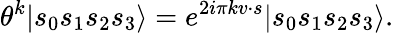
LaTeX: \theta^{k}|s_{0}s_{1}s_{2}s_{3}\rangle=e^{2i\pi kv\cdot s}|s_{0}s_{1}s_{2}s_{3}\rangle.